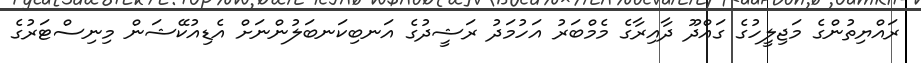
ރައްޔިތުންގެ މަޖިލީހުގެ ގައްދޫ ދާއިރާގެ މެމްބަރު އަހުމަދު ރަޝީދުގެ އަނބިކަނބަލުންނަށް އެޑިއުކޭޝަން މިނިސްޓަރުގެ